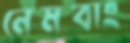
নেমবাং